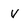
Character: V